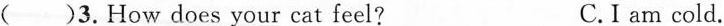
()3. How does your cat feel? C. I am cold.